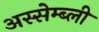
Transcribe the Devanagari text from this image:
अस्सेम्ब्ली